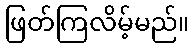
ဖြတ်ကြလိမ့်မည်။